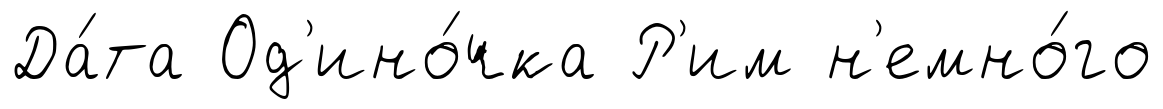
Да́та Од'ино́чка Р'им н'емно́го